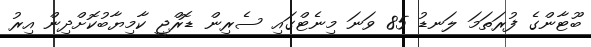
ބޫޓާންގެ ފުރަތަމަ ލަނޑު 85 ވަނަ މިނެޓްގައި ސެރިން ޑޮރްޖީ ކާމިޔާބުކޮށްދިން އިރު